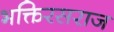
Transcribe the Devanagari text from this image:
भक्तिरसराज